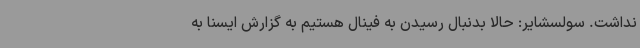
نداشت. سولسشایر: حالا بدنبال رسیدن به فینال هستیم به گزارش ایسنا به